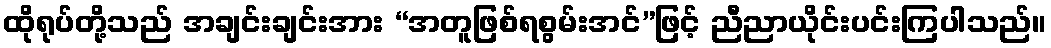
ထိုရုပ်တို့သည် အချင်းချင်းအား “အတူဖြစ်ရစွမ်းအင်”ဖြင့် ညီညာယိုင်းပင်းကြပါသည်။